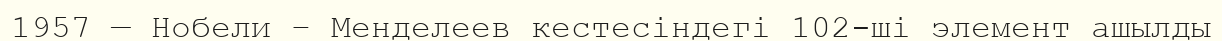
1957 — Нобели – Менделеев кестесіндегі 102-шi элемент ашылды